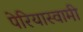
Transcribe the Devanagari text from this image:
पेरियास्वामी